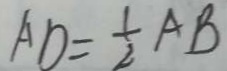
A D = \frac { 1 } { 2 } A B